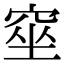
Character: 𥦊